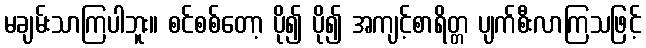
မချမ်းသာကြပါဘူး။ စင်စစ်တော့ ပို၍ ပို၍ အကျင့်စာရိတ္တ ပျက်စီးလာကြသဖြင့်